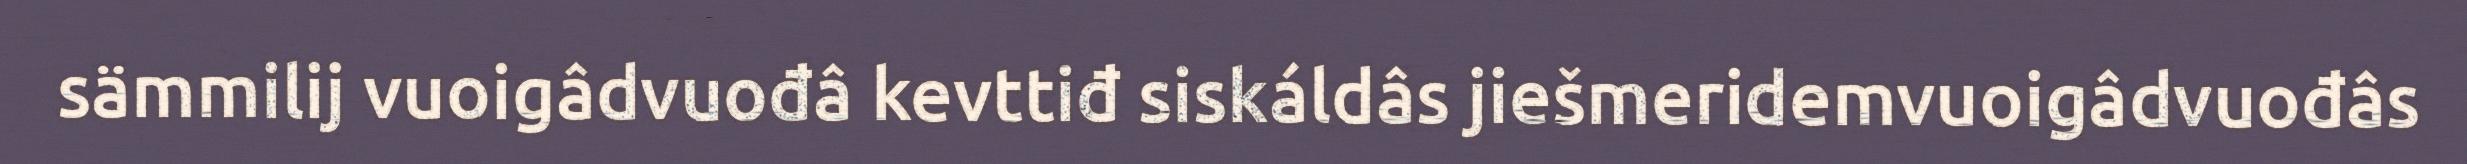
sämmilij vuoigâdvuođâ kevttiđ siskáldâs jiešmeridemvuoigâdvuođâs